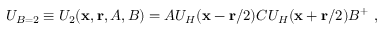
U _ { B = 2 } \equiv U _ { 2 } ( { \bf x } , { \bf r } , A , B ) = A U _ { H } ( { \bf x } - { \bf r } / 2 ) C U _ { H } ( { \bf x } + { \bf r } / 2 ) B ^ { + } ~ ,